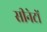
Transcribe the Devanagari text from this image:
सीनेटों